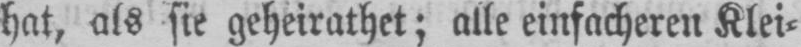
hat, als sie geheirathet; alle einfacheren Klei⸗